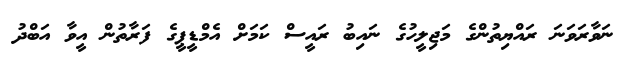
ނަވާރަވަނަ ރައްޔިތުންގެ މަޖިލީހުގެ ނައިބު ރައީސް ކަމަށް އެމްޑީޕީގެ ފަރާތުން އީވާ އަބްދު